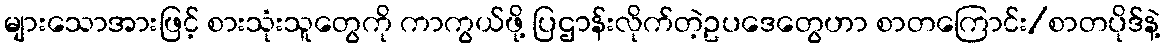
များသောအားဖြင့် စားသုံးသူတွေကို ကာကွယ်ဖို့ ပြဌာန်းလိုက်တဲ့ဥပဒေတွေဟာ စာတကြောင်း/စာတပိုဒ်နဲ့